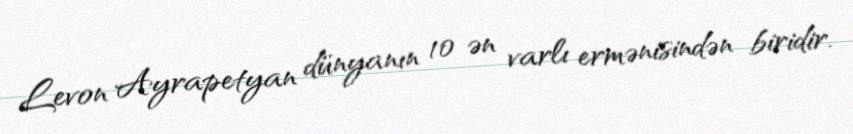
Levon Ayrapetyan dünyanın 10 ən varlı ermənisindən biridir.